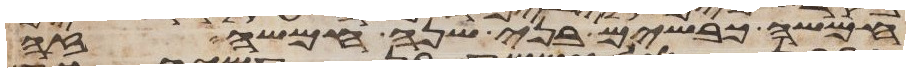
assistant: חמשה כבשים בני שנה חמשה זה